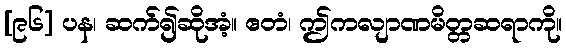
[၉၆] ပန၊ ဆက်၍ဆိုအံ့။ ဧတံ၊ ဤကလျာဏမိတ္တဆရာကို။